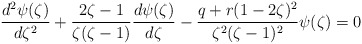
\begin{align*}\frac{d^2 \psi(\zeta)}{d \zeta^2} + \frac{2 \zeta -1 }{\zeta(\zeta-1)} \frac{d \psi(\zeta)}{d \zeta} -\frac{q + r(1 - 2 \zeta)^2}{\zeta^2(\zeta-1)^2} \psi(\zeta) = 0\end{align*}